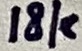
Text: 18k